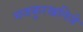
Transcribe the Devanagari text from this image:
मजकूरखनिजे